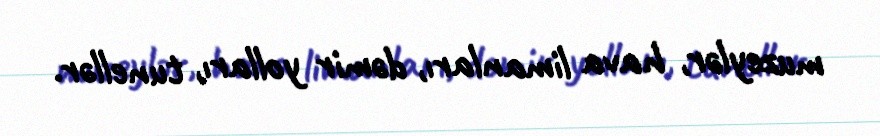
muzeylər, hava limanları, dəmir yolları, tunellər.